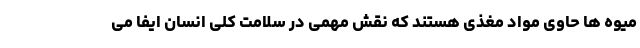
میوه ها حاوی مواد مغذی هستند که نقش مهمی در سلامت کلی انسان ایفا می